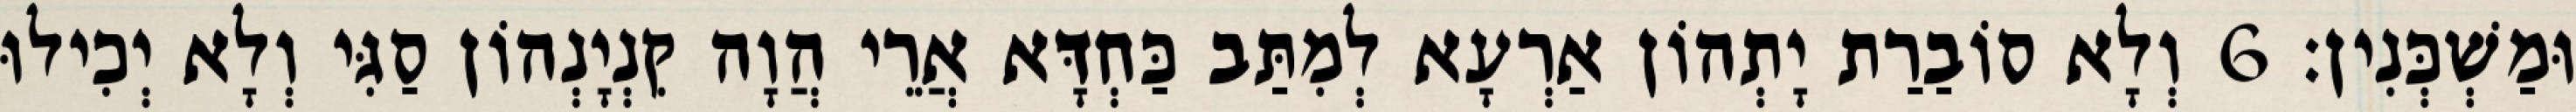
וּמַשְׁכְּנִין׃ 6 וְלָא סוֹבַרַת יָתְהוֹן אַרְעָא לְמִתַּב כַּחְדָּא אֲרֵי הֲוָה קִנְיָנְהוֹן סַגִּי וְלָא יְכִילוּ